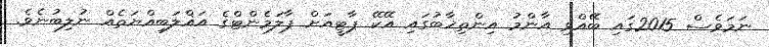
ނަމަވެސް 2015ގައި ބޭއްވި އާންމު އިންތިޚާބުގައި އޭކޭ ޕާޓީއަށް ޕާލަމެންޓްގެ އަޣްލަބިއްޔަތެއް ނުލިބުނެވެ.